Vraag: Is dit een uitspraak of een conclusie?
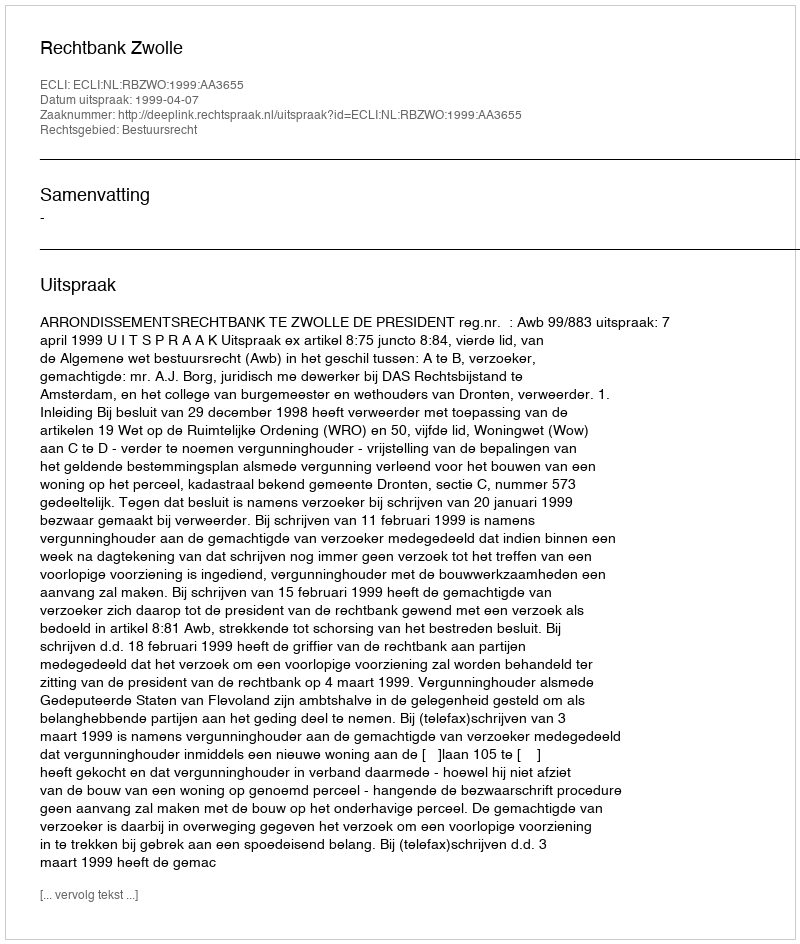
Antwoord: Uitspraak